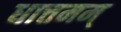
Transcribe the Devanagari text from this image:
धात्तमम्‌